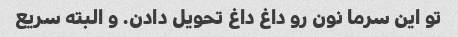
تو این سرما نون رو داغ داغ تحویل دادن. و البته سریع